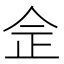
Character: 佱